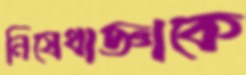
নিষেধাজ্ঞাকে